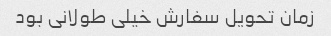
زمان تحویل سفارش خیلی طولانی بود